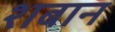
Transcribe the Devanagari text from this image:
शबान